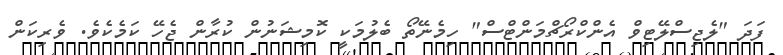
ފަދަ "ލެޖިސްލޭޓިވް އެންކްރޯޗްމަންޓްސް" ހިމެނޭތޯ ބެލުމަކީ ކޮމިޝަނުން ކުރާން ޖެހޭ ކަމެކެވެ. ވެރިކަން